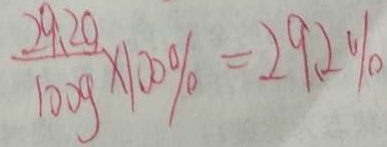
\frac { 2 9 . 2 g } { 1 0 0 g } \times 1 0 0 \% = 2 9 . 2 \%